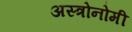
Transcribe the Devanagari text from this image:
अस्त्रोनोमी